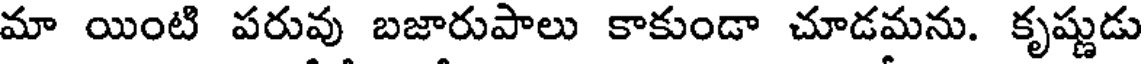
మా యింటి పరువు బజారుపాలు కాకుండా చూడమను. కృష్ణుడు